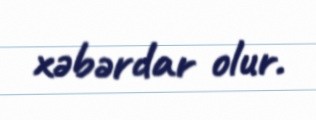
xəbərdar olur.